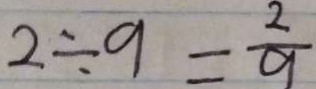
2 \div 9 = \frac { 2 } { 9 }